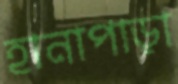
হানাপাড়া